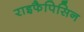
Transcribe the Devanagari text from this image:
राइफैपिसिन